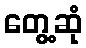
တွေ့ဆုံ